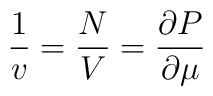
\frac 1v=\frac NV=\frac{\partial P}{\partial \mu}